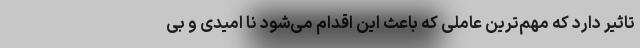
تاثیر دارد که مهم‌ترین عاملی که باعث این اقدام می‌شود نا امیدی و بی